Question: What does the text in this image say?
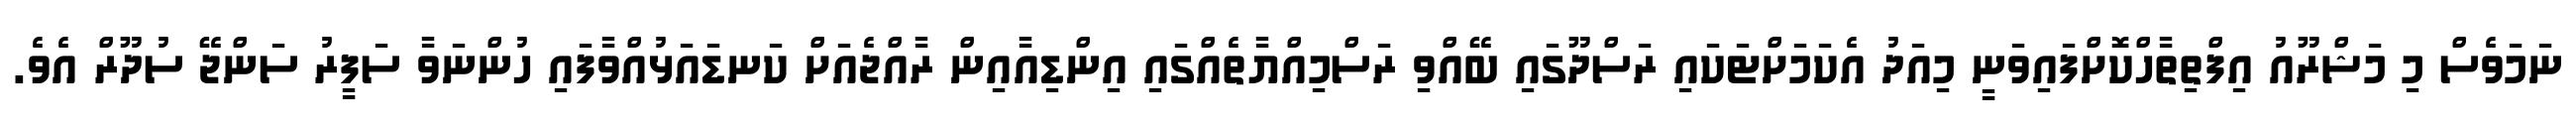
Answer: ނަމަވެސް މި މަޝްރޫއު އިފްތިތާހްކޮށްފައިވަނީ މިއަދު އެކަމަށްޓަކައި ރަސްދޫގައި ބޭއްވި ރަސްމިއްޔާތެއްގައި އިންޑިއާއިން ރާއްޖެއަށް ކަނޑައަޅުއްވާފައި ހުންނަވާ ސަފީރު ސަންޖޭ ސުދޫރް އެވެ.